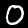
Digit: 0